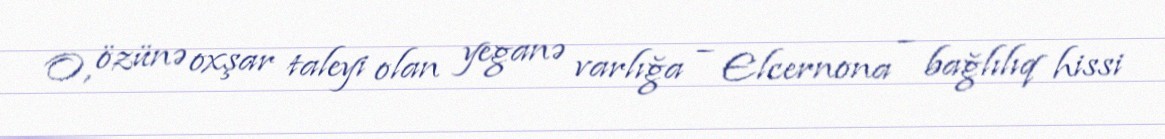
O, özünə oxşar taleyi olan yeganə varlığa – Elcernona – bağlılıq hissi